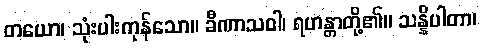
တယော၊ သုံးပါးကုန်သော။ ခီဏာသဝါ၊ ရဟန္တာတို့၏။ သန္နိပါတာ၊